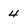
Character: 4